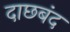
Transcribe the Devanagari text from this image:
दाछबंद